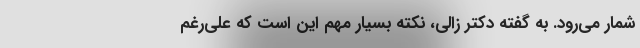
شمار می‌رود. به گفته دکتر زالی، نکته بسیار مهم این است که علی‌رغم